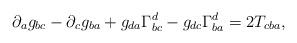
LaTeX: \begin{align*}\partial _ag_{bc}-\partial _cg_{ba}+g_{da}\Gamma _{bc}^d-g_{dc}\Gamma_{ba}^d=2T_{cba}, \end{align*}